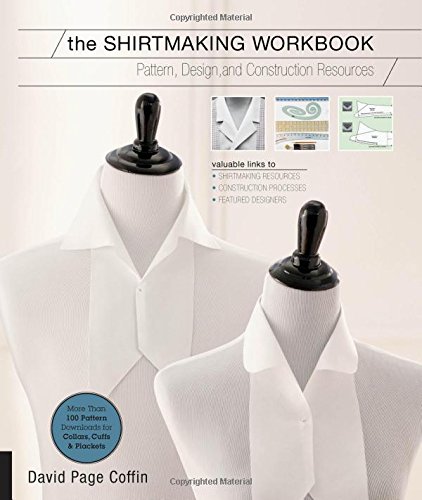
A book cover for The Shirtmaking Workbook: Pattern, Design, and Construction Resources - More than 100 Pattern Downloads for Collars, Cuffs & Plackets; David Coffin; Crafts, Hobbies & Home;